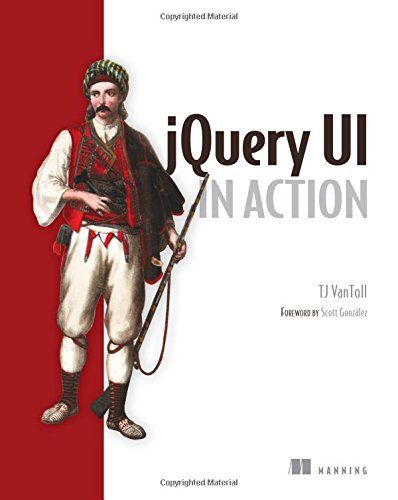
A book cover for jQuery UI in Action; T. J. VanToll; Computers & Technology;